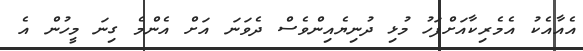
އެއާއެކު އެމެރިކާއަށްފަހު މުޅި ދުނިޔެއިންވެސް ދެވަނަ އަށް އެންމެ ގިނަ މީހުން އެ